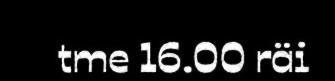
tme 16.00 räi